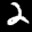
Label: 2